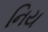
નિય